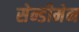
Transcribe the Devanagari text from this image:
सेन्डीमेन